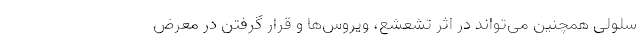
سلولی همچنین می‌تواند در اثر تشعشع، ویروس‌ها و قرار گرفتن در معرض